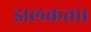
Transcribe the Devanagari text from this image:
झलकता।